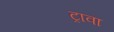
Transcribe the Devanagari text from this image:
ट्रावा